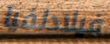
فيلادلفيا